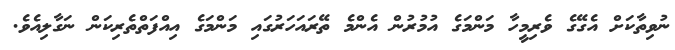
ނުވިތާކަށް އެގޭގެ ވެރިމީހާ މަންމަގެ އުމުރުން އެންމެ ތޭރައަހަރުގައި މަންމަގެ އިއްފަތްތެރިކަން ނަގާލިއެވެ.